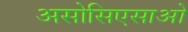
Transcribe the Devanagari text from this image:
असोसिएसाओ